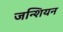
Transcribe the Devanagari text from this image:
जन्शियन